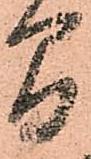
間